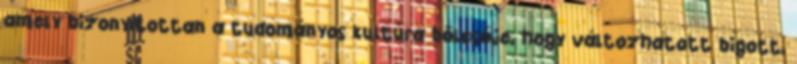
amely bizonyítottan a tudományos kultúra bölcsője, hogy változhatott bigott,